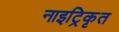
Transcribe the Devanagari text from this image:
नाइट्रिकृत